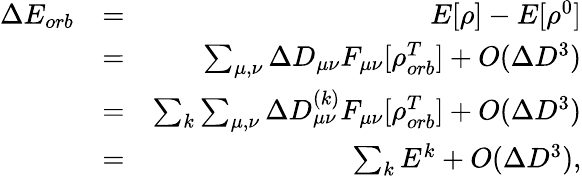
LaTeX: \begin{array}{rlr}{\Delta E_{orb}}&{=}&{E[\rho]-E[\rho^{0}]}\\ &{=}&{\sum_{\mu,\nu}\Delta D_{\mu\nu}F_{\mu\nu}[\rho_{orb}^{T}]+O(\Delta D^{3})}\\ &{=}&{\sum_{k}\sum_{\mu,\nu}\Delta D_{\mu\nu}^{(k)}F_{\mu\nu}[\rho_{orb}^{T}]+O(\Delta D^{3})}\\ &{=}&{\sum_{k}E^{k}+O(\Delta D^{3}),}\end{array}